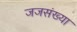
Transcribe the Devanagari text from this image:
जजसंख्या